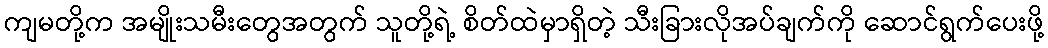
ကျမတို့က အမျိုးသမီးတွေအတွက် သူတို့ရဲ့ စိတ်ထဲမှာရှိတဲ့ သီးခြားလိုအပ်ချက်ကို ဆောင်ရွက်ပေးဖို့